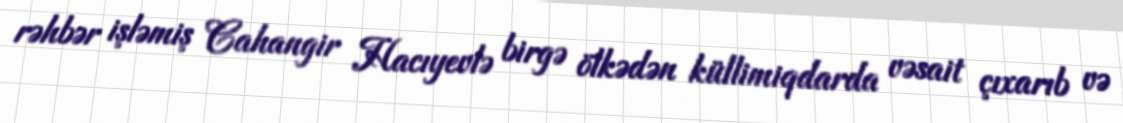
rəhbər işləmiş Cahangir Hacıyevlə birgə ölkədən küllimiqdarda vəsait çıxarıb və